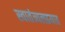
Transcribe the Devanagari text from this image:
स्वातंत्र्यलढयात